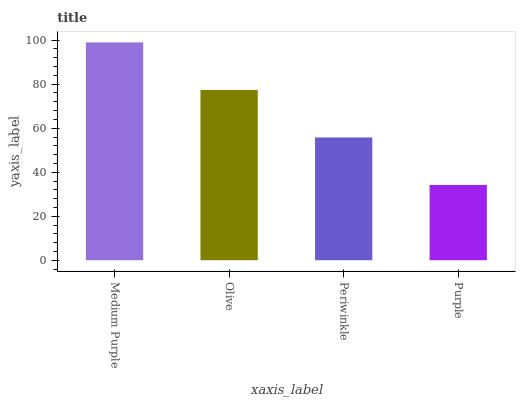
| xaxis_label | bars |
 | --- | --- |
 | Medium Purple | 99 |
 | Olive | 77.4 |
 | Periwinkle | 55.8 |
 | Purple | 34.2 |